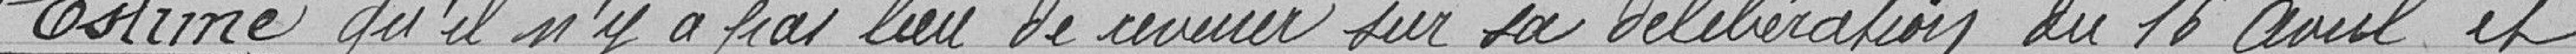
Estimé qu'il n'y a pas lieu de revenir sur sa délibération du 16 avril, et